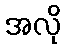
အလို